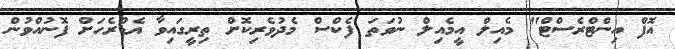
އޮފް އިންޓްރެސްޓް" މެއިލް އީމެއިލް ނުވަތަ ފެކްސް މެދުވެރިކޮށް ތިރީގައިވާ އެޑްރެހަށް ފޮނުއްވުން